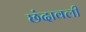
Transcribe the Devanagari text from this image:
छंदावली